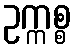
ဥက္ကစ္စ